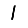
Digit: 1